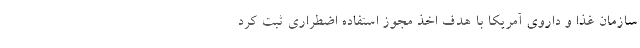
سازمان غذا و داروی آمریکا با هدف اخذ مجوز استفاده اضطراری ثبت کرد